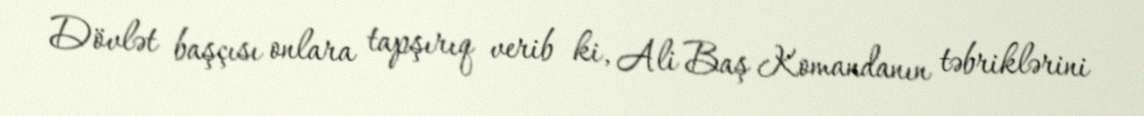
Dövlət başçısı onlara tapşırıq verib ki, Ali Baş Komandanın təbriklərini